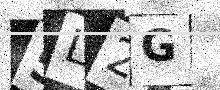
Text: 5L2G